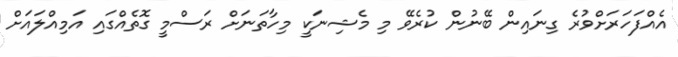
އެއްފަހަރަށްވުރެ ގިނައިން ބޭނުން ކުރެވޭ މި މެޝިނަކީ މިހާތަނަށް ރަސްމީ ގޮތެއްގައި އަމިއްލައަށް